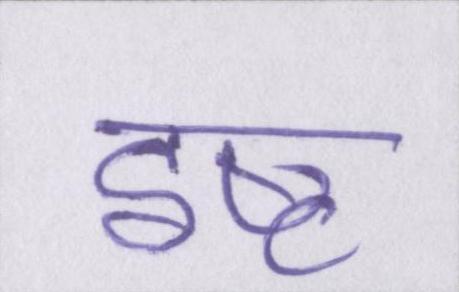
इष्ट